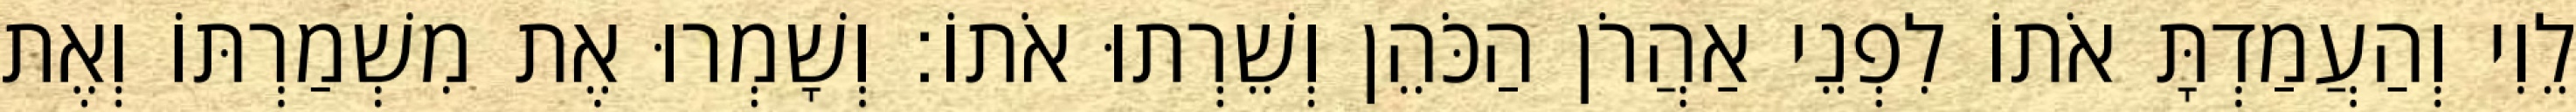
לֵוִי וְהַעֲמַדְתָּ אֹתוֹ לִפְנֵי אַהֲרֹן הַכֹּהֵן וְשֵׁרְתוּ אֹתוֹ׃ וְשָׁמְרוּ אֶת מִשְׁמַרְתּוֹ וְאֶת